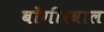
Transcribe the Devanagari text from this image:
बोंगीरवाल